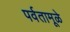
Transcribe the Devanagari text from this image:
पर्वतामूळे